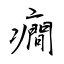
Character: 癇